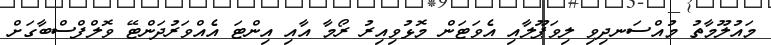
މައުލޫމާތު މުއްސަނދިވި ލިވަޕޫލާއި އެވަޓަން މޮޅުވިއިރު ރޯމާ އާއި އިންޓަ އެއްވަރުދަންޓޭ ވޮލްފްސްބާގަށް